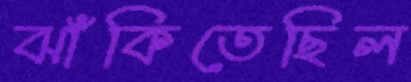
ঝাঁকিতেছিল